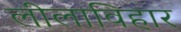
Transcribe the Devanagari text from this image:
लीलाविहार